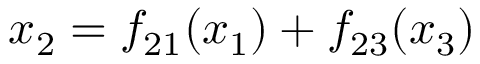
x _ { 2 } = f _ { 2 1 } ( x _ { 1 } ) + f _ { 2 3 } ( x _ { 3 } )